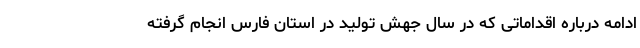
ادامه درباره اقداماتی که در سال جهش تولید در استان فارس انجام گرفته